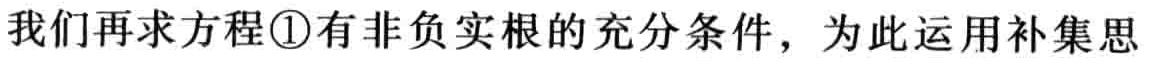
我们再求方程\textcircled{1}有非负实根的充分条件，为此运用补集思